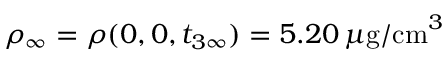
\rho _ { \infty } = \rho ( 0 , 0 , t _ { 3 \infty } ) = 5 . 2 0 \, \mu \mathrm { g / c m } ^ { 3 }